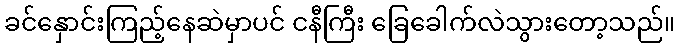
ခင်နှောင်းကြည့်နေဆဲမှာပင် ငနီကြီး ခြေခေါက်လဲသွားတော့သည်။